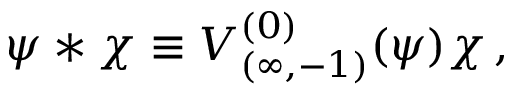
\psi * \chi \equiv V _ { ( \infty , - 1 ) } ^ { ( 0 ) } ( \psi ) \chi \, ,